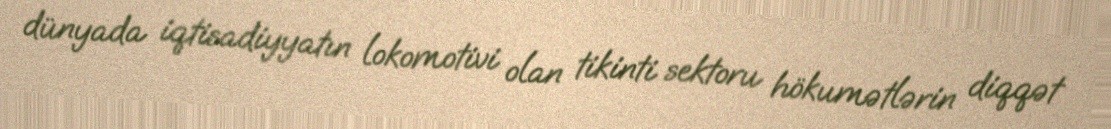
dünyada iqtisadiyyatın lokomotivi olan tikinti sektoru hökumətlərin diqqət